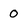
Character: 0